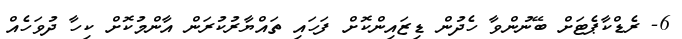
6- ރެޑްކާޕެޓަށް ބޭނުންވާ ހެދުން ޑިޒައިންކޮށް ފަހައި ތައްޔާރުކުރަން އާންމުކޮށް ކިހާ ދުވަހެއް